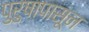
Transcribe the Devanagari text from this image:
पुरुषापासून